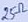
Text: 25Ω